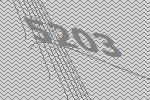
5203